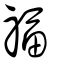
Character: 福